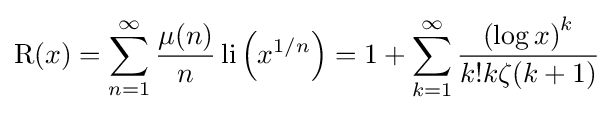
\operatorname {R} (x)=\sum _{n=1}^{\infty }{\frac {\mu (n)}{n}}\operatorname {li} \left(x^{1/n}\right)=1+\sum _{k=1}^{\infty }{\frac {\left(\log x\right)^{k}}{k!k\zeta (k+1)}}